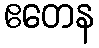
ဧတေန